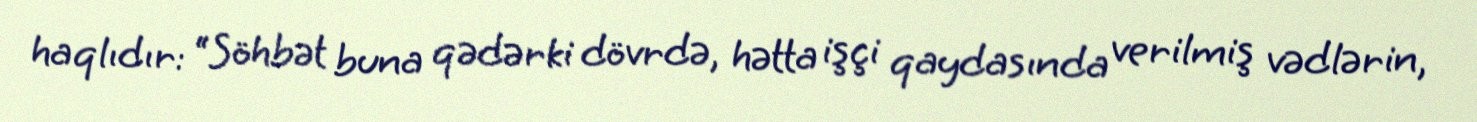
haqlıdır: “Söhbət buna qədərki dövrdə, hətta işçi qaydasında verilmiş vədlərin,